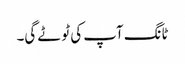
ٹانگ آپ کی ٹوٹے گی۔